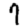
Digit: 7